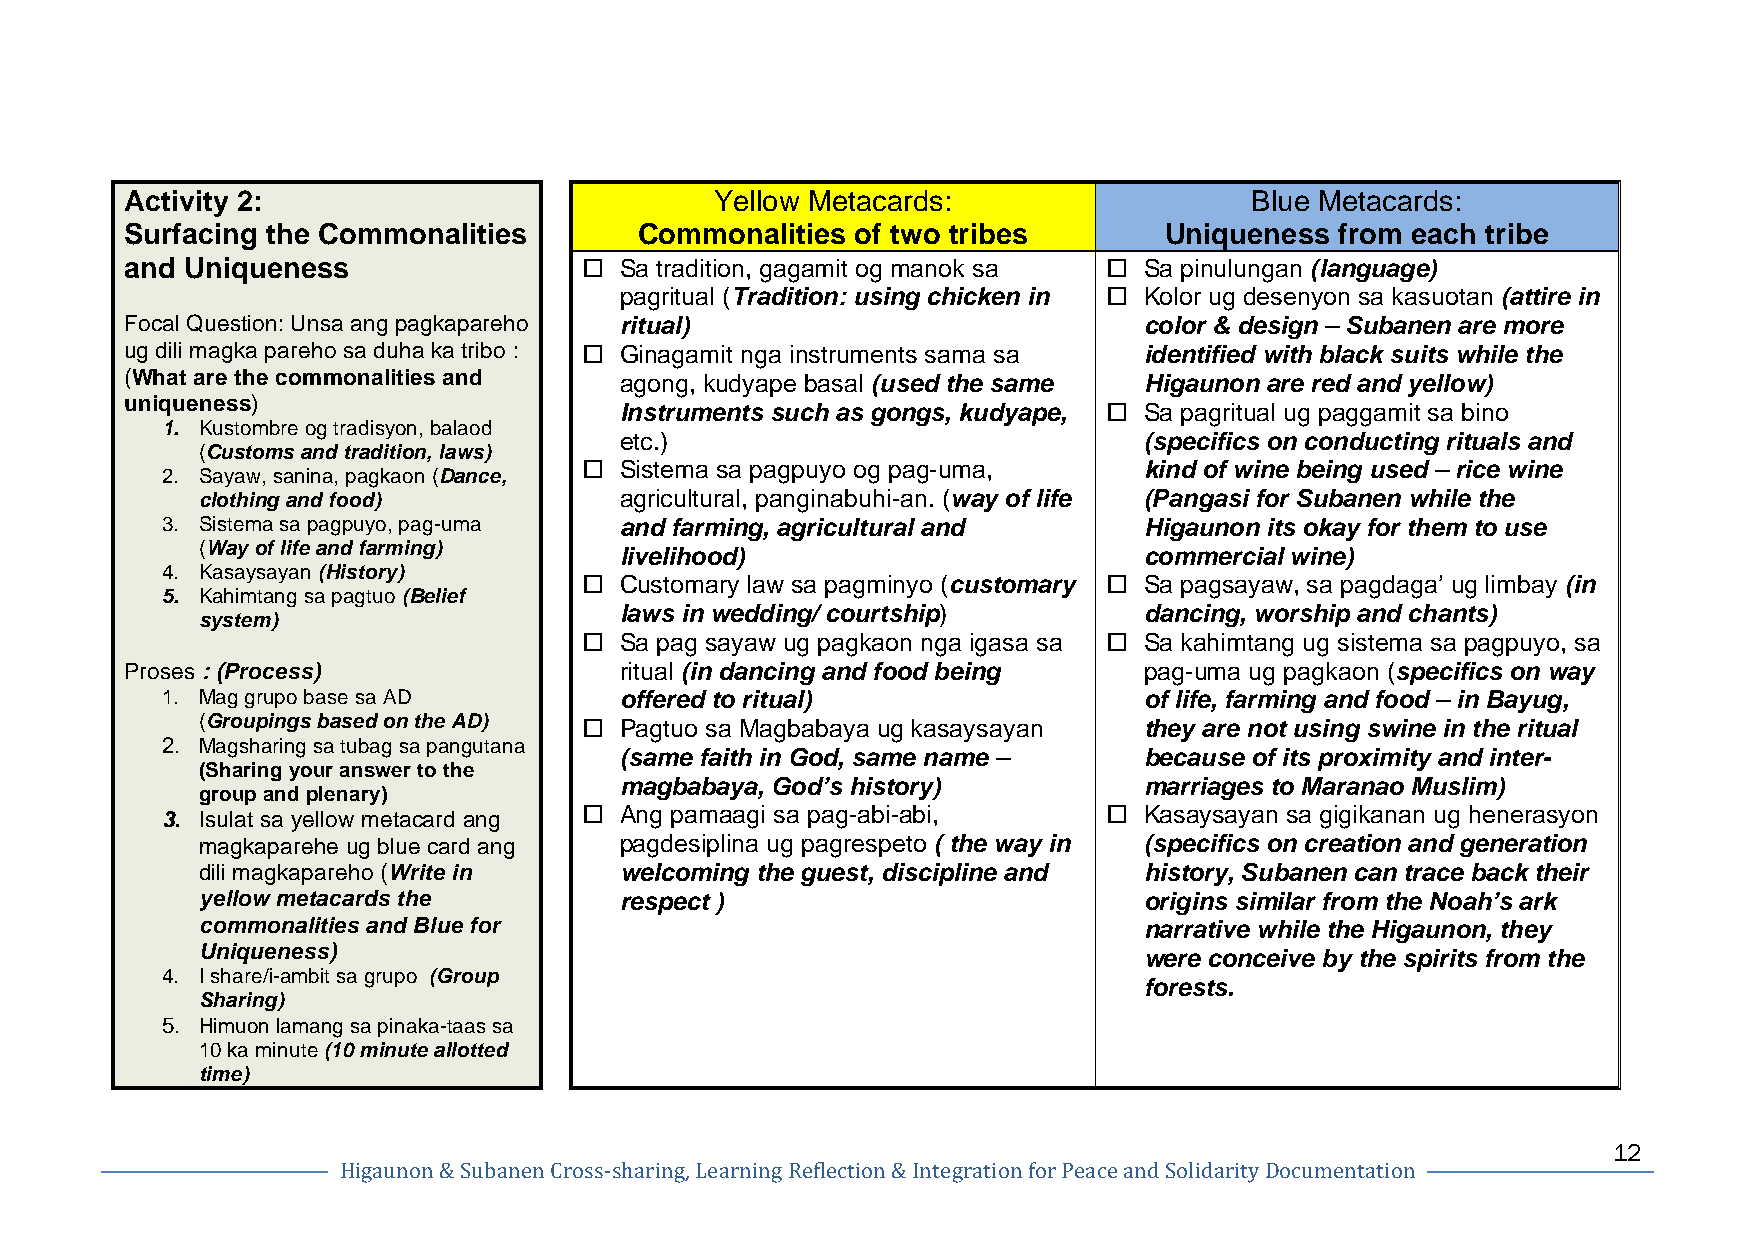
Activity 2:                            Yellow Metacards:                   Blue Metacards:
 Surfacing the Commonalities       Commonalities  of two tribes       Uniqueness  from each tribe
 and Uniqueness                 o Sa tradition, gagamit og manok sa o Sa pinulungan (language)
 pagritual (Tradition: using chicken in o Kolor ug desenyon sa kasuotan (attire in
 Focal Question: Unsa ang pagkapareho ritual)                        color & design – Subanen are more
 ug dili magka pareho sa duha ka tribo : o Ginagamit nga instruments sama sa identified with black suits while the
 (What are the commonalities and  agong, kudyape basal (used the same Higaunon are red and yellow)
 uniqueness)
 Instruments such as gongs, kudyape, o Sa pagritual ug paggamit sa bino
 1. Kustombre og tradisyon, balaod
 etc.)                              (specifics on conducting rituals and
 (Customs and tradition, laws)
 o Sistema sa pagpuyo og pag-uma,    kind of wine being used – rice wine
 2. Sayaw, sanina, pagkaon (Dance,
 clothing and food)          agricultural, panginabuhi-an. (way of life (Pangasi for Subanen while the
 3. Sistema sa pagpuyo, pag-uma and farming, agricultural and     Higaunon its okay for them to use
 (Way of life and farming)   livelihood)                        commercial wine)
 4. Kasaysayan (History)
 o Customary law sa pagminyo (customary o Sa pagsayaw, sa pagdaga’ ug limbay (in
 5. Kahimtang sa pagtuo (Belief
 laws in wedding/ courtship)        dancing, worship and chants)
 system)
 o Sa pag sayaw ug pagkaon nga igasa sa o Sa kahimtang ug sistema sa pagpuyo, sa
 Proses : (Process)               ritual (in dancing and food being  pag-uma ug pagkaon (specifics on way
 1. Mag grupo base sa AD       offered to ritual)                 of life, farming and food – in Bayug,
 (Groupings based on the AD) o Pagtuo sa Magbabaya ug kasaysayan they are not using swine in the ritual
 2. Magsharing sa tubag sa pangutana
 (same faith in God, same name –    because of its proximity and inter-
 (Sharing your answer to the
 magbabaya, God’s history)          marriages to Maranao Muslim)
 group and plenary)
 3. Isulat sa yellow metacard ang o Ang pamaagi sa pag-abi-abi, o Kasaysayan sa gigikanan ug henerasyon
 magkaparehe ug blue card ang pagdesiplina ug pagrespeto ( the way in (specifics on creation and generation
 dili magkapareho (Write in  welcoming the guest, discipline and history, Subanen can trace back their
 yellow metacards the        respect )                          origins similar from the Noah’s ark
 commonalities and Blue for                                     narrative while the Higaunon, they
 Uniqueness)                                                    were conceive by the spirits from the
 4. I share/i-ambit sa grupo (Group
 forests.
 Sharing)
 5. Himuon lamang sa pinaka-taas sa
 10 ka minute (10 minute allotted
 time)
 12
 Higaunon & Subanen Cross-­‐sharing, Learning Reflection & Integration for Peace and Solidarity Documentation